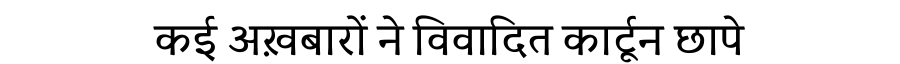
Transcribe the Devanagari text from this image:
कई अख़बारों ने विवादित कार्टून छापे